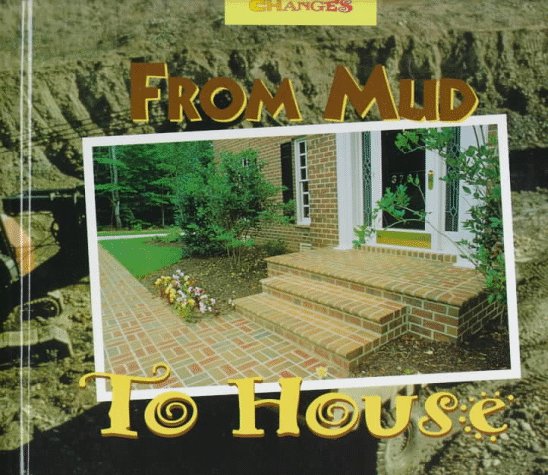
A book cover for From Mud to House: A Photo Essay (Changes); Bertram T. Knight; Children's Books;